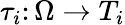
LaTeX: \tau_{i}\colon\Omega\rightarrow T_{i}